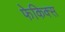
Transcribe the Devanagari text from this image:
फेकिक्स